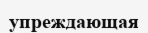
упреждающая